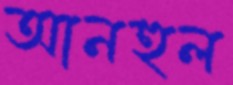
আনহুল